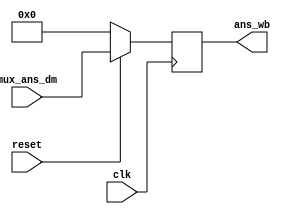
`timescale 1ns / 1ps

//Group number : 16
//Group name : The Intellites
//Module name : Writeback block Logic

//////////////////////////////////////////////////////////////////////////////////
// Company: 
// Engineer: 
// 
// Design Name: 
// Module Name:    Writeback_Block 
// Project Name: 
// Target Devices: 
// Tool versions: 
// Description: 
//
// Dependencies: 
//
// Revision: 
// Revision 0.01 - File Created
// Additional Comments: 
//
//////////////////////////////////////////////////////////////////////////////////
module Writeback_Block(ans_wb,mux_ans_dm,clk,reset);
   
//output declaration
output reg [7:0] ans_wb;

//input declaration
input [7:0] mux_ans_dm;
input reset,clk;

//temp variable
wire [7:0] ans_wb_temp;

//mux before register
assign ans_wb_temp = (reset == 1'b0) ? 1'b0 : mux_ans_dm;

//register
always@(posedge clk)
begin 
   ans_wb <= ans_wb_temp;
end


endmodule